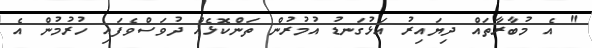
" އެ މުބާރާތައް ދިޔައިރު އަޅުގަނޑު އުމުރުން ތަންކޮޅެއް ދުވަސްވެފައި ހުރުމުން އެ